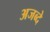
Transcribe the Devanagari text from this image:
अजब्दे